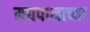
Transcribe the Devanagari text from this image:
मद्यपानाच्या